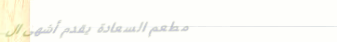
مطعم السعادة يقدم أشهى ال